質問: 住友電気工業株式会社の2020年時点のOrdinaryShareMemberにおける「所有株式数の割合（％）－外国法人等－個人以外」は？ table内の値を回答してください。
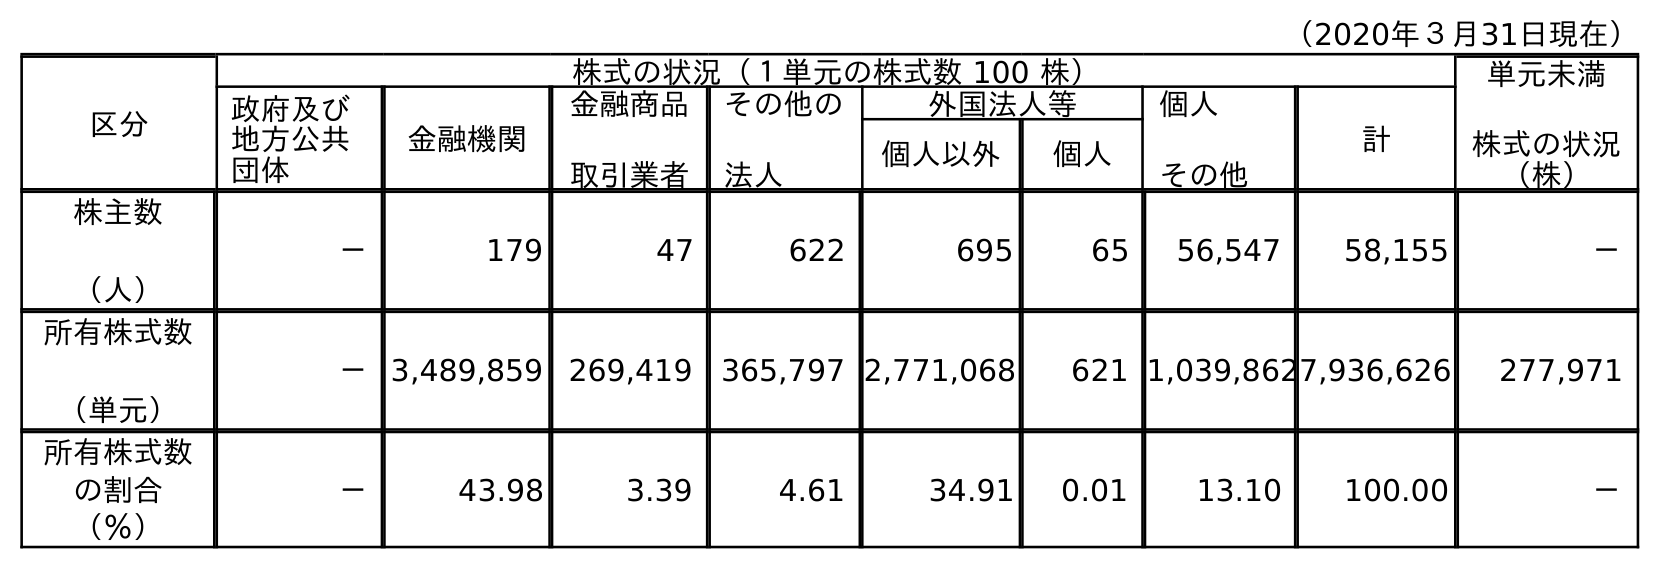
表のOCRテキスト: （2020年３月31日現在） 区分 株式の状況（１単元の株式数 100 株） 単元未満 株式の状況 （株） 政府及び 地方公共 団体 金融機関 金融商品 取引業者 その他の 法人 外国法人等 個人 その他 計 個人以外 個人 株主数 （人） － 179 47 622 695 65 56,547 58,155 － 所有株式数 （単元） －3,489,859 269,419 365,797 2,771,068 621 1,039,8627,936,626 277,971 所有株式数 の割合 （％） － 43.98 3.39 4.61 34.91 0.01 13.10 100.00 －
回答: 34.91